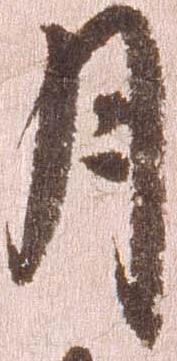
月